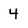
Character: 4